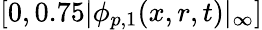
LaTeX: [0,0.75|\phi_{p,1}(x,r,t)|_{\infty}]